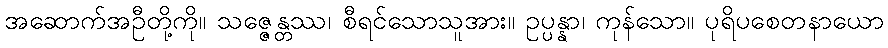
အဆောက်အဦတို့ကို။ သဇ္ဇေန္တဿ၊ စီရင်သောသူအား။ ဥပ္ပန္နာ၊ ကုန်သော။ ပုရိပစေတနာယော